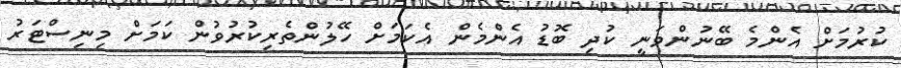
ކުރުމަށް އެންމެ ބޭނުންވަނީ ކުދި ބޮޑު އެންމެން އެކަމަށް ހޭލުންތެރިކުރުވުން ކަމަށް މިނިސްޓަރު